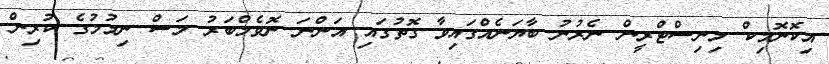
އިކޮނޮމިކް މިނިސްޓްރީން ނެރުނު ބާޔަނެއްގައިވާ ގޮތުގައި އަންނަ ނޮވެމްބަރު މަސް ނިމުމުގެ ކުރިން